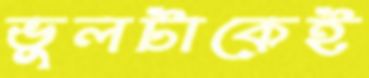
ভুলটাকেই